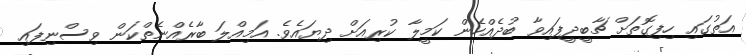
އަތުގައި ހިފިގޮތަށް ޗާބީދީފައިވާ ބުދެއްހެން ކަމީލާ ކުރިއަށް ދިޔައެވެ. އަމިއްލަ ބާރެއްނެތްކަން ވިސްނިފައި